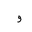
Letter: _waw